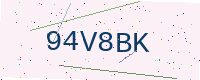
Text: 94V8BK